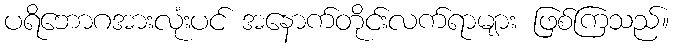
ပရိဘောဂအားလုံးပင် အနောက်တိုင်းလက်ရာများ ဖြစ်ကြသည်။